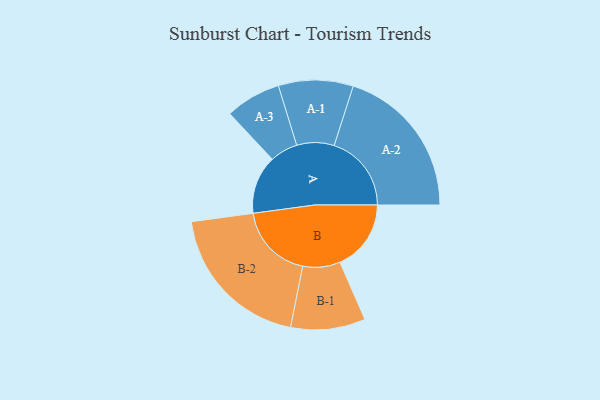
{"axis": {"x": "Segment", "y": "Value"}, "legend": ["", "A", "B"], "data": [{"x": "A", "y": 227, "type": ""}, {"x": "B", "y": 276, "type": ""}, {"x": "A-1", "y": 145, "type": "A"}, {"x": "A-2", "y": 300, "type": "A"}, {"x": "A-3", "y": 108, "type": "A"}, {"x": "B-1", "y": 145, "type": "B"}, {"x": "B-2", "y": 295, "type": "B"}]}